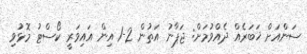
ސަންއަށް ޚަބަރެއް ދެއްވުމަށް: ޖަޕާނު އަތުން 2-1 އިން އައިވަރީ ކޯސްޓު މޮޅުވި